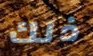
ذلك